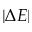
| \Delta E |